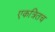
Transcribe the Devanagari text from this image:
एकत्रितच